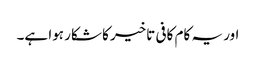
اور یہ کام کافی تاخیر کا شکار ہوا ہے۔